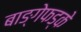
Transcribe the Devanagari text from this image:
बाङ्गेफड्के